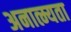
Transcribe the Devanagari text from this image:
अनात्म्यता